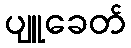
ပျူခေတ်